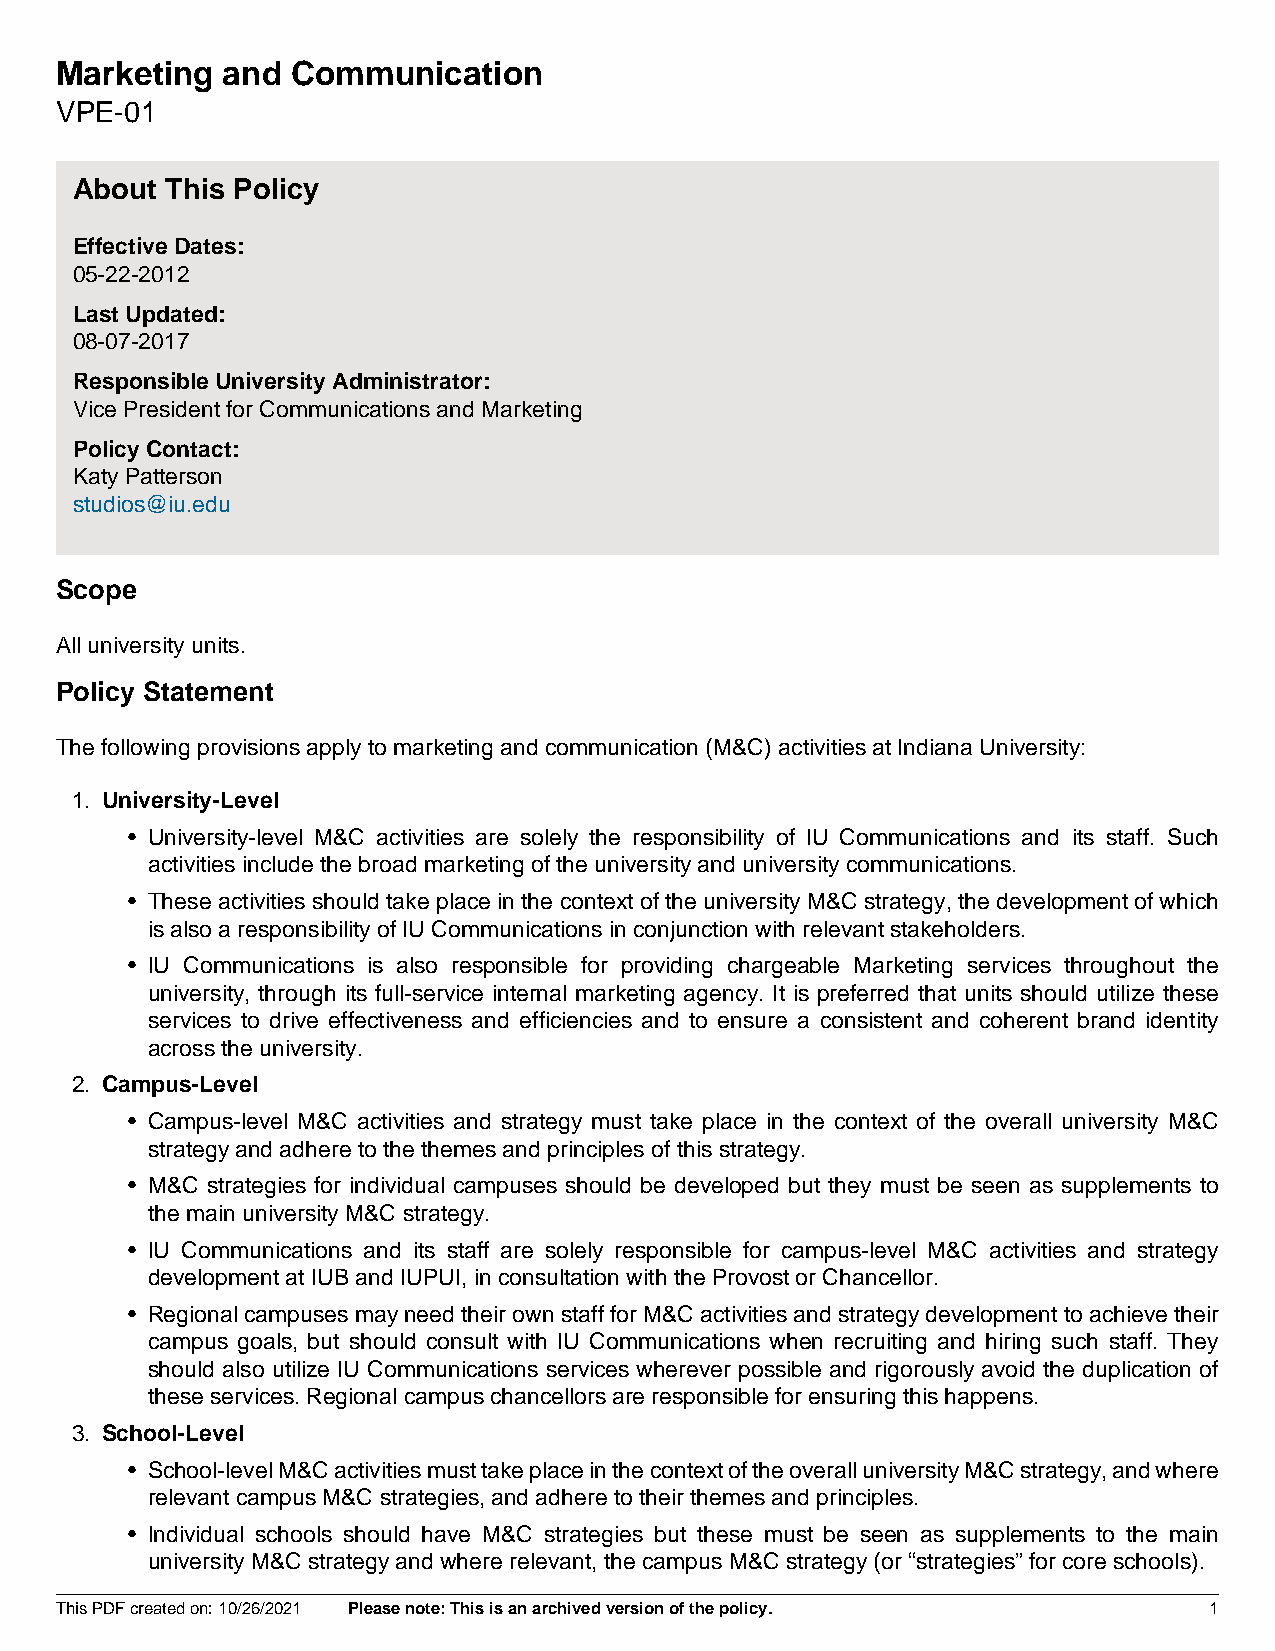
Marketing  and Communication
 VPE-01
 About This Policy
 Effective Dates:
 05-22-2012
 Last Updated:
 08-07-2017
 Responsible University Administrator:
 Vice President for Communications and Marketing
 Policy Contact:
 Katy Patterson
 studios@iu.edu
 Scope
 All university units.
 Policy Statement
 The following provisions apply to marketing and communication (M&C) activities at Indiana University:
 1. University-Level
 • University-level M&C activities are solely the responsibility of IU Communications and its staff. Such
 activities include the broad marketing of the university and university communications.
 • These activities should take place in the context of the university M&C strategy, the development of which
 is also a responsibility of IU Communications in conjunction with relevant stakeholders.
 • IU Communications is also responsible for providing chargeable Marketing services throughout the
 university, through its full-service internal marketing agency. It is preferred that units should utilize these
 services to drive effectiveness and efficiencies and to ensure a consistent and coherent brand identity
 across the university.
 2. Campus-Level
 • Campus-level M&C activities and strategy must take place in the context of the overall university M&C
 strategy and adhere to the themes and principles of this strategy.
 • M&C strategies for individual campuses should be developed but they must be seen as supplements to
 the main university M&C strategy.
 • IU Communications and its staff are solely responsible for campus-level M&C activities and strategy
 development at IUB and IUPUI, in consultation with the Provost or Chancellor.
 • Regional campuses may need their own staff for M&C activities and strategy development to achieve their
 campus goals, but should consult with IU Communications when recruiting and hiring such staff. They
 should also utilize IU Communications services wherever possible and rigorously avoid the duplication of
 these services. Regional campus chancellors are responsible for ensuring this happens.
 3. School-Level
 • School-level M&C activities must take place in the context of the overall university M&C strategy, and where
 relevant campus M&C strategies, and adhere to their themes and principles.
 • Individual schools should have M&C strategies but these must be seen as supplements to the main
 university M&C strategy and where relevant, the campus M&C strategy (or “strategies” for core schools).
 This PDF created on: 10/26/2021 Please note: This is an archived version of the policy. 1